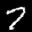
Label: 7